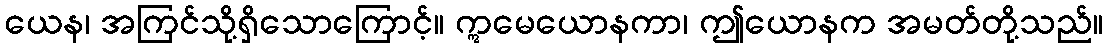
ယေန၊ အကြင်သို့ရှိသောကြောင့်။ ဣမေယောနကာ၊ ဤယောနက အမတ်တို့သည်။